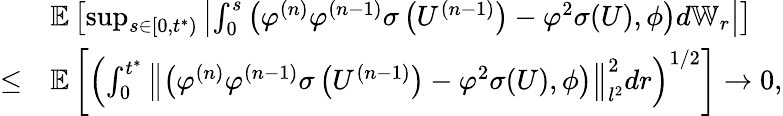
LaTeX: \begin{array}{rl}&{\mathbb{E}\left[\operatorname*{sup}_{s\in\left[0,t^{*}\right)}\left|\int_{0}^{s}\left(\varphi^{(n)}\varphi^{(n-1)}\sigma\left(U^{(n-1)}\right)-\varphi^{2}\sigma(U),\phi\right)d\mathbb{W}_{r}\right|\right]}\\ {\leq}&{\mathbb{E}\left[\left(\int_{0}^{t^{*}}\left\| \left(\varphi^{(n)}\varphi^{(n-1)}\sigma\left(U^{(n-1)}\right)-\varphi^{2}\sigma(U),\phi\right)\right\| _{l^{2}}^{2}dr\right)^{1/2}\right]\to 0,}\end{array}